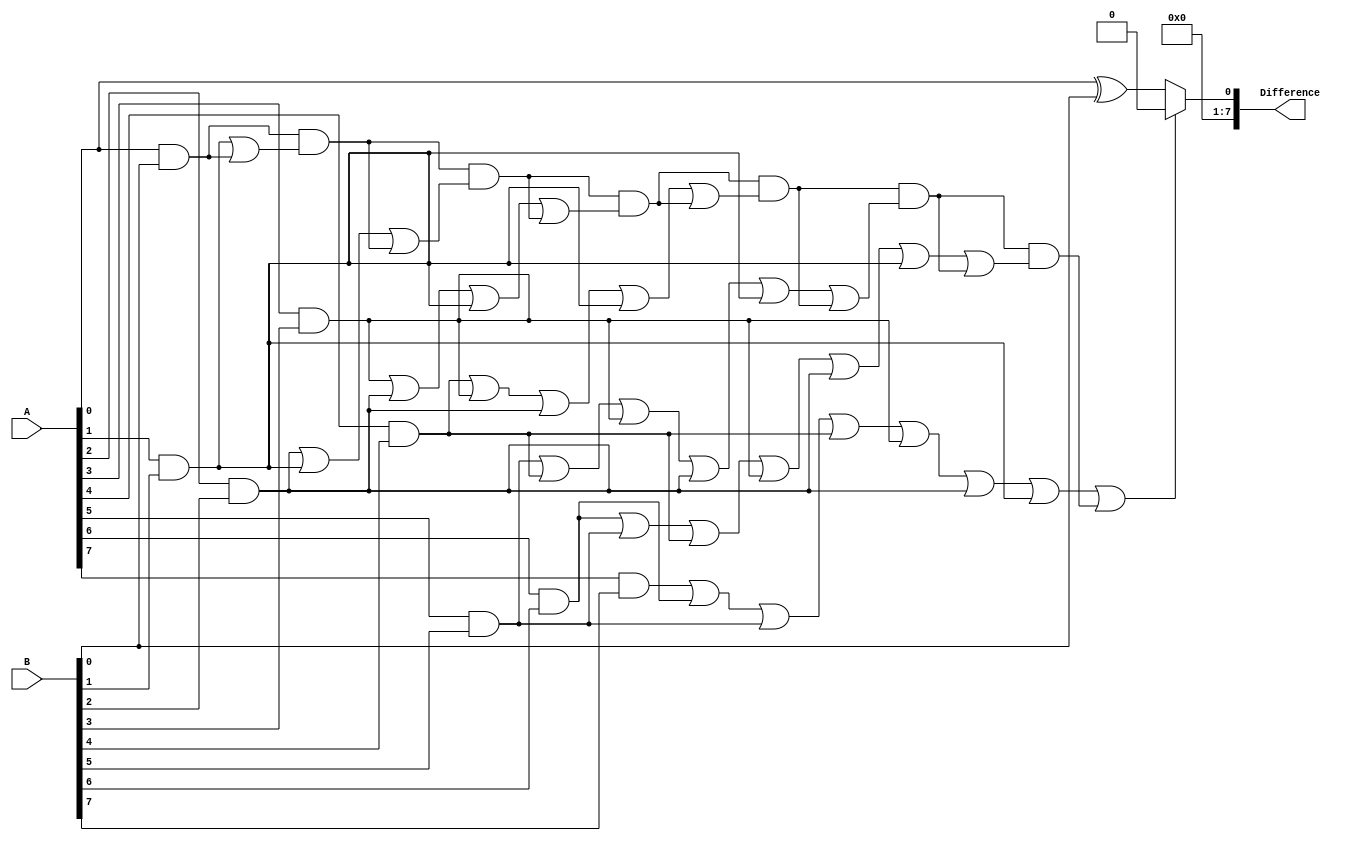
module CarryLookaheadSubtractor (
    input [7:0] A, 
    input [7:0] B, 
    output reg [7:0] Difference
);

// Subtractor blocks
reg [7:0] Out0, Out1, Out2, Out3, Out4, Out5, Out6, Out7;

assign Out0 = A[0] ^ B[0];
assign Out1 = (A[1] ^ B[1]) ^ ~Out0;
assign Out2 = (A[2] ^ B[2]) ^ ~Out1 & ~Out0;
assign Out3 = (A[3] ^ B[3]) ^ ~Out2 & ~Out1 & ~Out0;
assign Out4 = (A[4] ^ B[4]) ^ ~Out3 & ~Out2 & ~Out1 & ~Out0;
assign Out5 = (A[5] ^ B[5]) ^ ~Out4 & ~Out3 & ~Out2 & ~Out1 & ~Out0;
assign Out6 = (A[6] ^ B[6]) ^ ~Out5 & ~Out4 & ~Out3 & ~Out2 & ~Out1 & ~Out0;
assign Out7 = (A[7] ^ B[7]) ^ ~Out6 & ~Out5 & ~Out4 & ~Out3 & ~Out2 & ~Out1 & ~Out0;

// Carry lookahead logic
reg C0, C1, C2, C3, C4, C5, C6, C7;

assign C0 = A[0] & B[0];
assign C1 = (A[1] & B[1]) | C0;
assign C2 = (A[2] & B[2]) | (A[1] & B[1]) | C0 & C1;
assign C3 = (A[3] & B[3]) | (A[2] & B[2]) | (A[1] & B[1]) | C0 & C1 & C2;
assign C4 = (A[4] & B[4]) | (A[3] & B[3]) | (A[2] & B[2]) | (A[1] & B[1]) | C0 & C1 & C2 & C3;
assign C5 = (A[5] & B[5]) | (A[4] & B[4]) | (A[3] & B[3]) | (A[2] & B[2]) | (A[1] & B[1]) | C0 & C1 & C2 & C3 & C4;
assign C6 = (A[6] & B[6]) | (A[5] & B[5]) | (A[4] & B[4]) | (A[3] & B[3]) | (A[2] & B[2]) | (A[1] & B[1]) | C0 & C1 & C2 & C3 & C4 & C5;
assign C7 = (A[7] & B[7]) | (A[6] & B[6]) | (A[5] & B[5]) | (A[4] & B[4]) | (A[3] & B[3]) | (A[2] & B[2]) | (A[1] & B[1]) | C0 & C1 & C2 & C3 & C4 & C5 & C6;

// Difference calculation
always @(*) begin
    if (C7) begin
        Difference = 8'b00000000;
    end else begin
        Difference = {Out7, Out6, Out5, Out4, Out3, Out2, Out1, Out0};
    end
end

endmodule